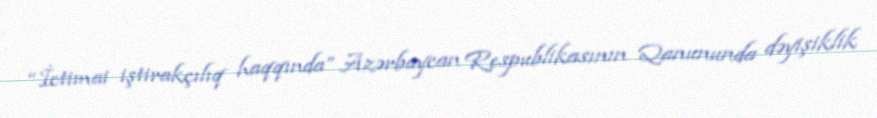
“İctimai iştirakçılıq haqqında” Azərbaycan Respublikasının Qanununda dəyişiklik